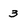
Character: 3